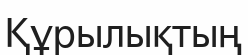
Құрылықтың